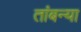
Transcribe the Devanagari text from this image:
तांबन्या